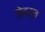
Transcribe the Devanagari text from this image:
ज़ेबस्त